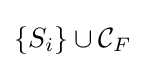
\left\{S_{i}\right\}\cup {\mathcal {C}}_{F}